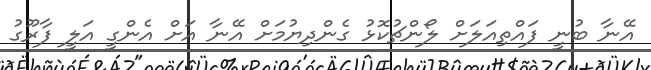
އޭނާ ބުނީ ފައްތިއަލަށް ލޯންޗުކޮޅު ގެންދިޔުމަށް އޭނާ އަށް އެންގީ އަލީ ފާރޫގު